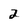
Character: 2